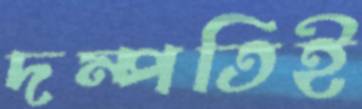
দম্পতিই